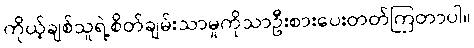
ကိုယ့်ချစ်သူရဲ့စိတ်ချမ်းသာမှုကိုသာဦးစားပေးတတ်ကြတာပါ။